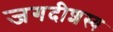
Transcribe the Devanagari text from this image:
जगदीशस्य